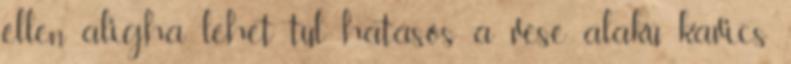
ellen aligha lehet túl hatásos a vese alakú kavics